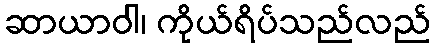
ဆာယာဝါ၊ ကိုယ်ရိပ်သည်လည်